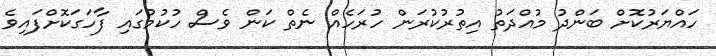
ހައްޔަރުކޮށް ބަންދު މުއްދަތު އިތުރުކުރަން ހުރަހެއް ނެތް ކަން ވެސް ހުކުމުގައި ފާހަގަކޮށްފައިވެ